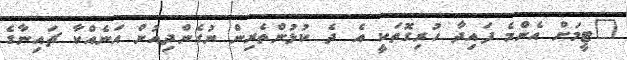
"ޓީމަށް އެންމެ ފައިދާ ހުރިގޮތަކީ އެ ދެ ކުޅުންތެރިން ނުގެންދިއުން އަނެއްކާ ޗައިނާގެ